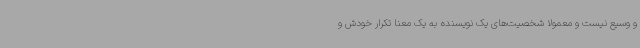
و وسیع نیست و معمولاً شخصیت‌های یک نویسنده به یک معنا تکرار خودش و